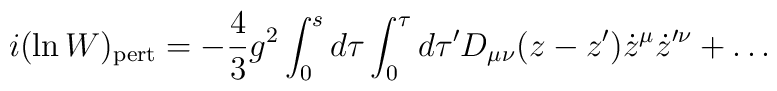
i (\ln W)_{\rm pert} =  -{4\over 3} g^2 \int_0^{s} d \tau   \int_0^{\tau } d\tau^{\prime}   D_{\mu \nu}(z-z^{\prime}) \dot{z}^{\mu}    \dot{z}^{\prime \nu}+ \dots